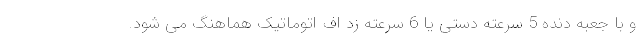
و با جعبه دنده 5 سرعته دستی یا 6 سرعته زد اف اتوماتیک هماهنگ می شود.